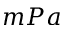
m P a